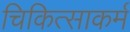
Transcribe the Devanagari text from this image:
चिकित्साकर्म